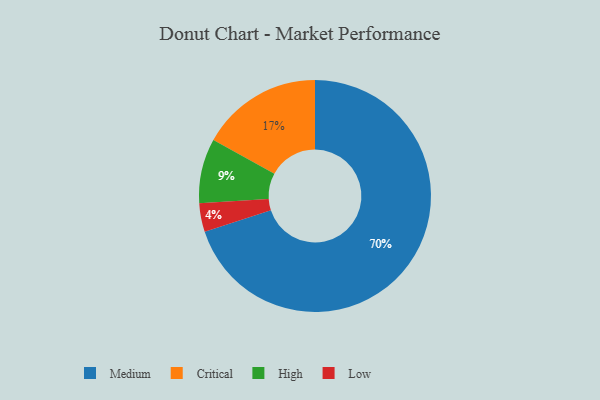
{"axis": {"x": "Category", "y": "Percentage"}, "legend": ["Critical", "High", "Low", "Medium"], "data": [{"x": "Critical", "y": 17, "type": "Critical"}, {"x": "Low", "y": 4, "type": "Low"}, {"x": "High", "y": 9, "type": "High"}, {"x": "Medium", "y": 70, "type": "Medium"}]}